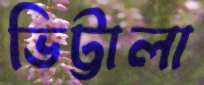
ভিট্টালা